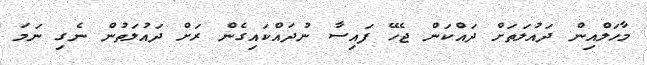
މާހަލްއިން ދައުލަތަށް ދައްކަން ޖެހޭ ފައިސާ ނުދައްކައިގެން ރަށް ދައުލަތުން ނެގި ނަމަ